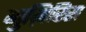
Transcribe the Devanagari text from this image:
मुज़िरिस